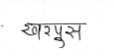
मजकूर: खरपूस